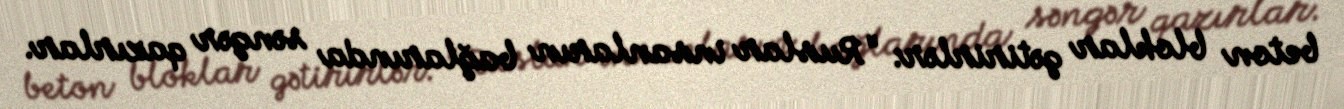
beton bloklar gətirirlər: "Ruslar insanların bağlarında səngər qazırlar.